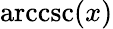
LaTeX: \operatorname{arccsc}(x)